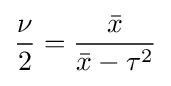
{\frac {\nu }{2}}={\frac {\bar {x}}{{\bar {x}}-\tau ^{2}}}